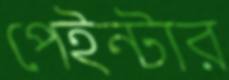
পেইন্টার